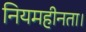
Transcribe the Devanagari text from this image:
नियमहीनता।